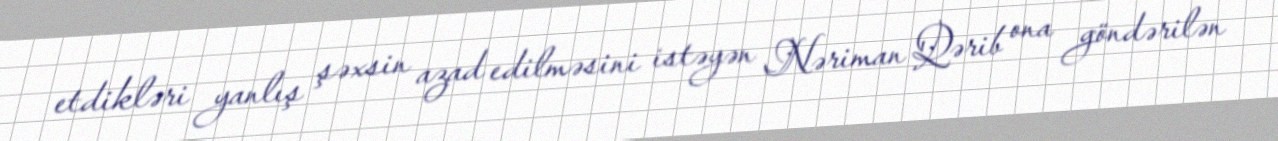
etdikləri yanlış şəxsin azad edilməsini istəyən Nəriman Qərib ona göndərilən